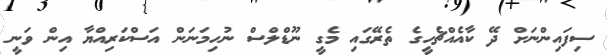
ސިފައިންނަށް ދޭ ކާއެއްޗެހީގެ ތެރޭގައި މެގީ ނޫޑްލްސް ނުހިމަނަން އަސްކަރިއްޔާ އިން ވަނީ